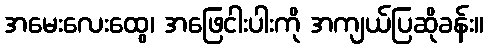
အမေးလေးထွေ၊ အဖြေငါးပါးကို အကျယ်ပြဆိုခန်း။